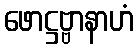
ဖောဋ္ဌဗ္ဗာနာဟံ